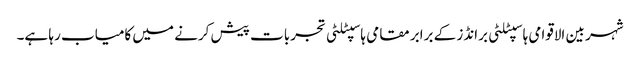
شہر بین الاقوامی ہاسپٹلٹی برانڈز کے برابر مقامی ہاسپٹلٹی تجربات پیش کرنے میں کامیاب رہا ہے۔